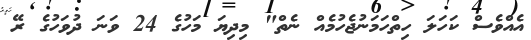
އެއްވެސް ކަހަލަ ހިތްހަމަނުޖެހުމެއް ނެތް" މިދިޔަ މަހުގެ 24 ވަނަ ދުވަހުގެ ރޭ